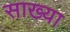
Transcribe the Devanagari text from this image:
साख्या